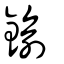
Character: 鍮